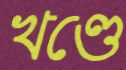
খণ্ডে